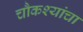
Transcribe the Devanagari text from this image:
चौकश्यांचा